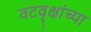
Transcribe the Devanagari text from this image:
वटवृक्षांच्या